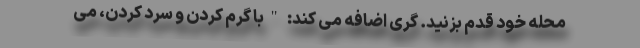
محله‌ خود قدم بزنید. گری اضافه می کند: "با گرم کردن و سرد کردن، می